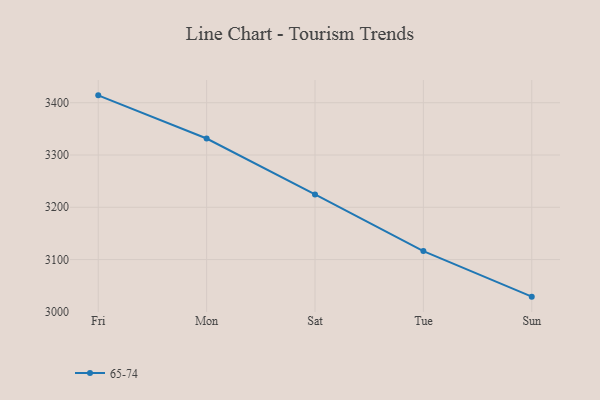
{"axis": {"x": "Day", "y": "Revenue (USD Million)"}, "legend": ["65-74"], "data": [{"x": "Fri", "y": 3414.1, "type": "65-74"}, {"x": "Mon", "y": 3331.6, "type": "65-74"}, {"x": "Sat", "y": 3224.6, "type": "65-74"}, {"x": "Tue", "y": 3116.2, "type": "65-74"}, {"x": "Sun", "y": 3029.1, "type": "65-74"}]}